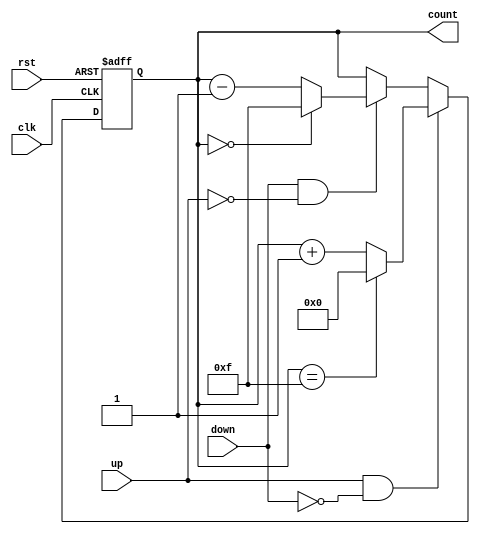
module UpDownCounter #(
    parameter N = 4 // Parameter for the bit width of the counter
)(
    input wire clk,      // Clock signal
    input wire rst,      // Asynchronous reset signal
    input wire up,       // Count up control signal
    input wire down,     // Count down control signal
    output reg [N-1:0] count // n-bit output count
);

// Internal signal for maximum value
localparam MAX_COUNT = (1 << N) - 1; // 2^N - 1

// Always block for counter operation
always @(posedge clk or posedge rst) begin
    if (rst) begin
        count <= 0; // Reset count to 0
    end else begin
        if (up && !down) begin
            // Count up
            if (count == MAX_COUNT) begin
                count <= 0; // Roll over to 0
            end else begin
                count <= count + 1; // Increment count
            end
        end else if (down && !up) begin
            // Count down
            if (count == 0) begin
                count <= MAX_COUNT; // Roll over to MAX_COUNT
            end else begin
                count <= count - 1; // Decrement count
            end
        end
        // If both up and down are low, retain current value
    end
end

endmodule